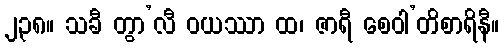
၂၃၈။ သခီ တွာ’လီ ဝယဿာ ထ၊ ဇာရီ စေဝါ’တိစာရိနီ။